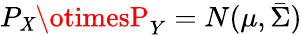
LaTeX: P_{\mathit{X}}\otimesP_{Y}=N(\mu,\bar{{\Sigma}})